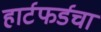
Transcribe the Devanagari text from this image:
हार्टफर्डचा